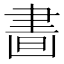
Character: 𦘙